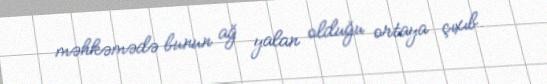
məhkəmədə bunun ağ yalan olduğu ortaya çıxıb.